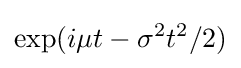
\exp(i\mu t-\sigma ^{2}t^{2}/2)